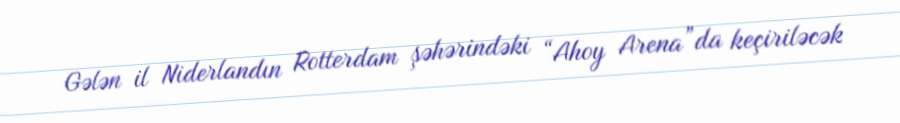
Gələn il Niderlandın Rotterdam şəhərindəki “Ahoy Arena”da keçiriləcək